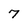
Character: 7